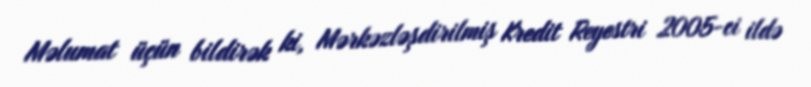
Məlumat üçün bildirək ki, Mərkəzləşdirilmiş Kredit Reyestri 2005-ci ildə